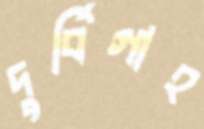
দুর্বিগাহ